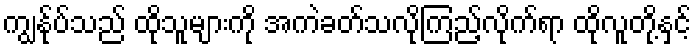
ကျွန်ုပ်သည် ထိုသူများကို အကဲခတ်သလိုကြည့်လိုက်ရာ ထိုလူတို့နှင့်